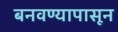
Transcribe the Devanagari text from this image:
बनवण्यापासून